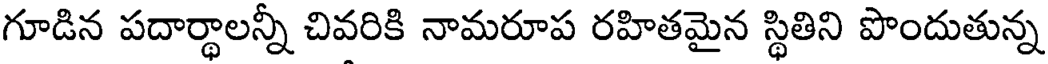
గూడిన పదార్ధాలన్నీ చివరికి నామరూప రహితమైన స్థితిని పొందుతున్న